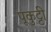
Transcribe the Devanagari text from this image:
पूकुट्टी